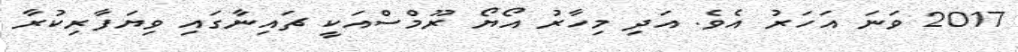
2017 ވަނަ އަހަރު އެވެ. އަދި މިހާރު އޯޔޯ ރޫމްސްއަކީ ޗައިނާގައި ވިޔަފާރިކުރާ